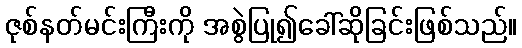
ဇုစ်နတ်မင်းကြီးကို အစွဲပြု၍ခေါ်ဆိုခြင်းဖြစ်သည်။